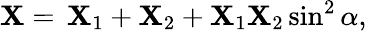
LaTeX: \mathbf{X}=\, \mathbf{X}_{1}+\mathbf{X}_{2}+\mathbf{X}_{1}\mathbf{X}_{2}\sin^{2}\alpha,